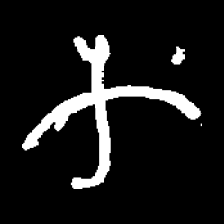
Pyu character \u2014 Myanmar letter: က (romanized: ka)